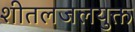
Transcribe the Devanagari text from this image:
शीतलजलयुक्त